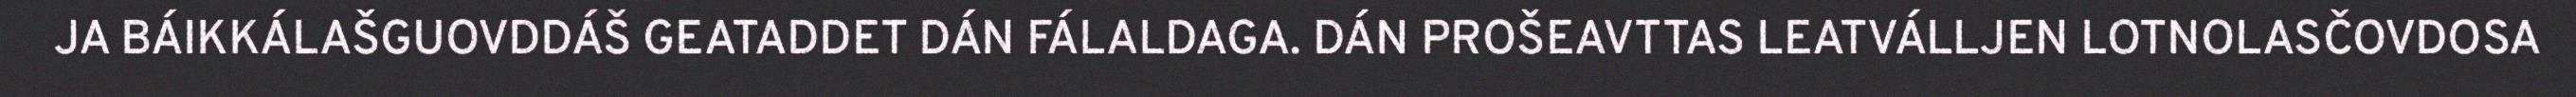
JA BÁIKKÁLAŠGUOVDDÁŠ GEATADDET DÁN FÁLALDAGA. DÁN PROŠEAVTTAS LEATVÁLLJEN LOTNOLASČOVDOSA